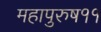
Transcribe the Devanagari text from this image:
महापुरुष११